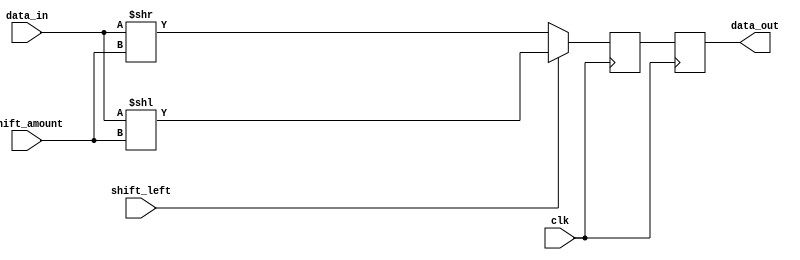
module barrel_shifter(
  input wire clk,
  input wire [7:0] data_in,
  input wire [2:0] shift_amount,
  input wire shift_left,
  output reg [7:0] data_out
);

reg [7:0] shifted_data;

always @(posedge clk) begin
  if(shift_left) begin
    shifted_data <= data_in << shift_amount;
  end else begin
    shifted_data <= data_in >> shift_amount;
  end
end

always @(posedge clk) begin
  data_out <= shifted_data;
end

endmodule